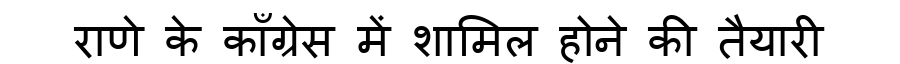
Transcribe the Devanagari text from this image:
राणे के काँग्रेस में शामिल होने की तैयारी